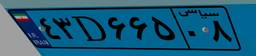
۴۳D۶۶۵۰۸